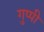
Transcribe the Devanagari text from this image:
गुप्पी